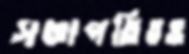
সভাপতিত্বও